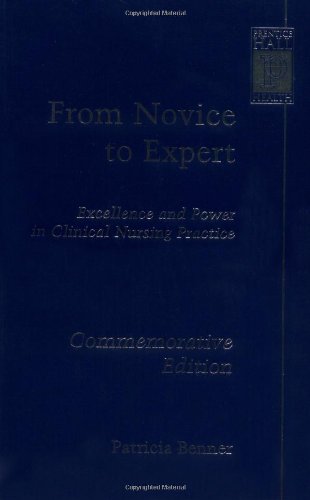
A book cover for From Novice to Expert: Excellence and Power in Clinical Nursing Practice, Commemorative Edition; Patricia Benner; Medical Books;